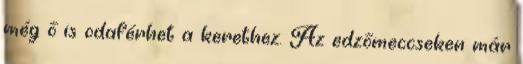
még ő is odaférhet a kerethez. Az edzőmeccseken már